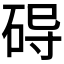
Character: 𱴀